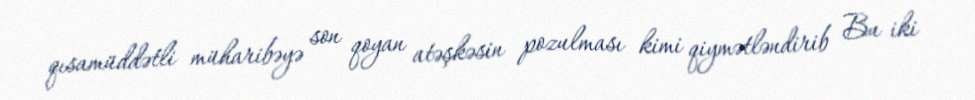
qısamüddətli müharibəyə son qoyan atəşkəsin pozulması kimi qiymətləndirib Bu iki